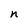
Character: n